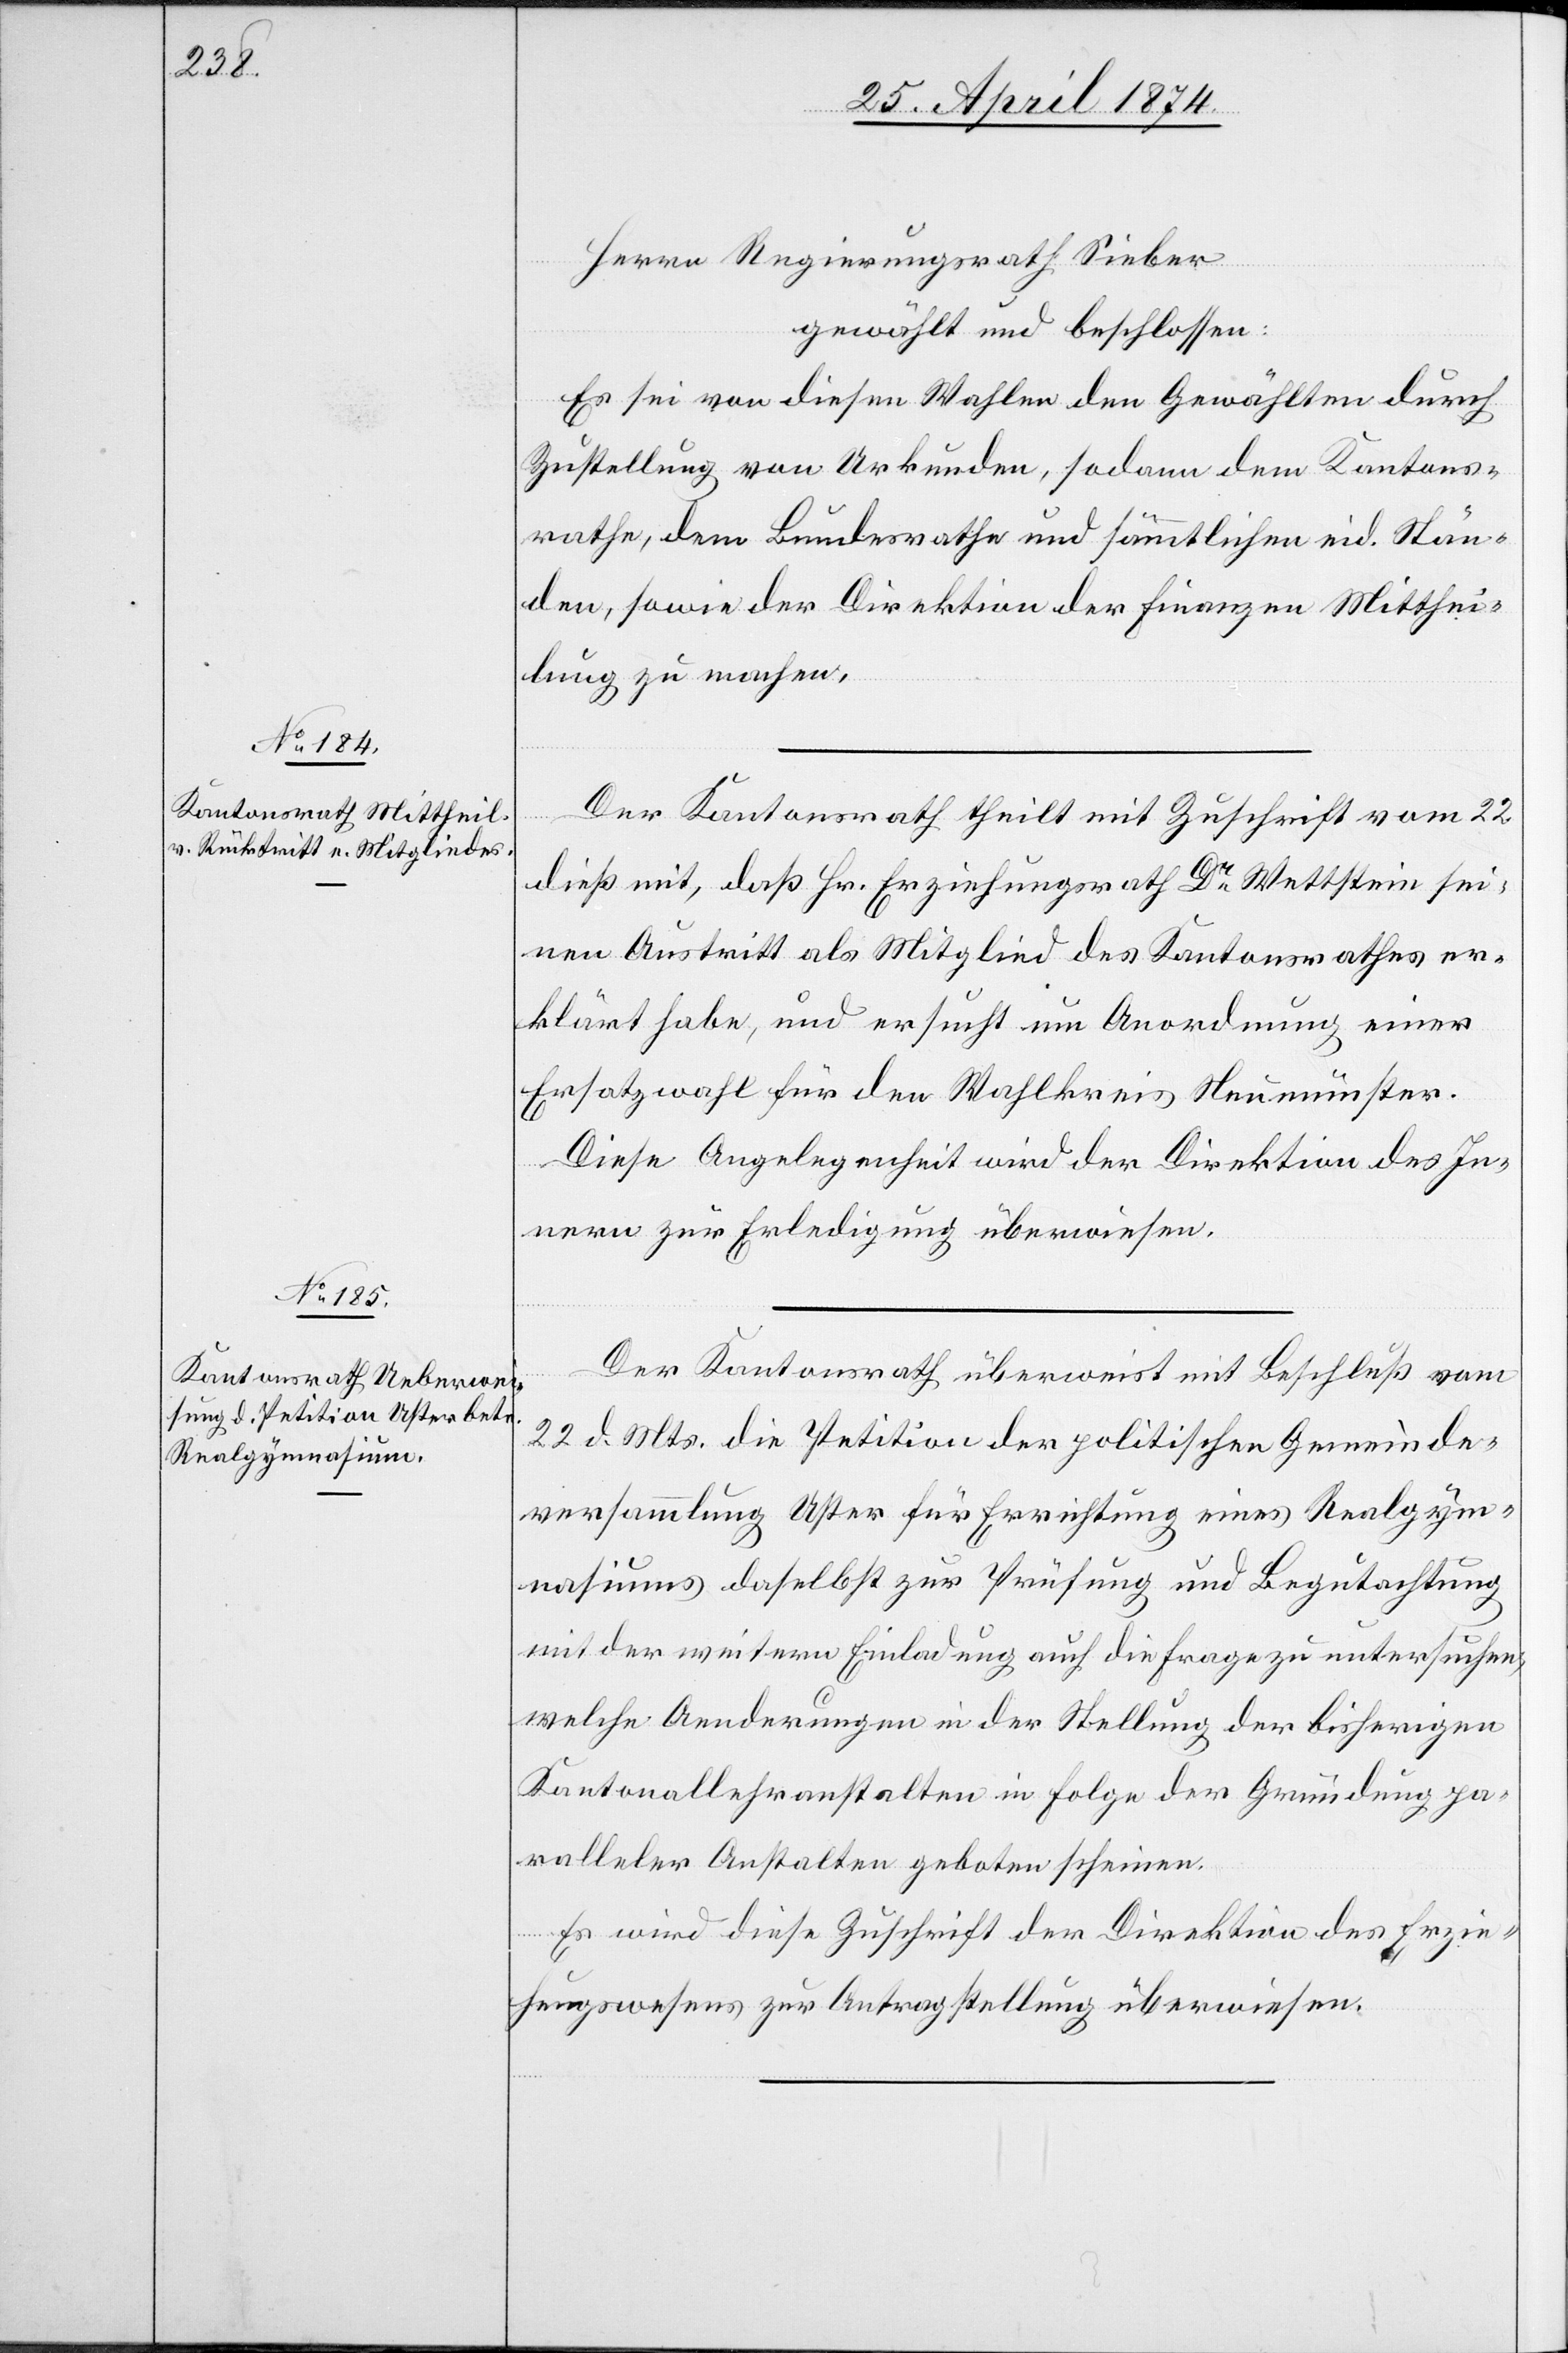
Herrn Regierungsrath Sieber
gewählt und beschlossen:
Es sei von diesen Wahlen den Gewählten durch
Zustellung von Urkunden, sodann dem Kantons¬
rathe, dem Bundesrathe und sämmtlichen eid. Stän¬
den, sowie der Direktion der Finanzen Mitthei¬
lung zu machen.
Der Kantonsrath theilt mit Zuschrift vom 22.
dieß mit, daß Hr. Erziehungsrath Dr Wettstein sei¬
nen Austritt als Mitglied des Kantonsrathes er¬
klärt habe, und ersucht um Anordnung einer
Ersatzwahl für den Wahlkreis Neumünster.
Diese Angelegenheit wird der Direktion des In¬
nern zur Erledigung überwiesen.
Der Kantonsrath überweist mit Beschluß vom
22. d. Mts. die Petition der politischen Gemeinde¬
versammlung Uster für Errichtung eines Realgym¬
nasiums daselbst zur Prüfung und Begutachtung
mit der weitern Einladung auf die Frage zu untersuchen,
welche Aenderungen in der Stellung der bisherigen
Kantonallehranstalten in Folge der Gründung pa¬
ralleler Anstalten geboten scheinen.
Es wird diese Zuschrift der Direktion des Erzie¬
hungswesens zur Antragstellung überwiesen.